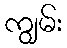
ကျွမ်း